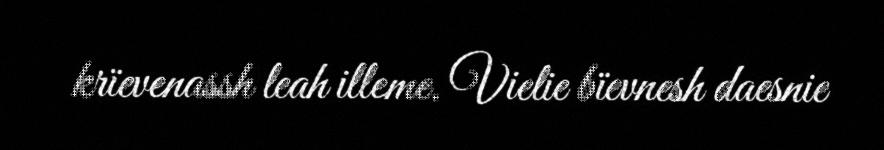
krïevenassh leah illeme. Vielie bïevnesh daesnie